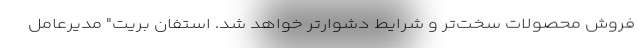
فروش محصولات سخت‌تر و شرایط دشوارتر خواهد شد. استفان بریت" مدیرعامل